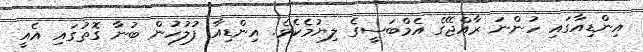
އިންޑިއާގައި ހުންނަ ރާއްޖޭގެ އެމްބަސީގެ ލިޔުމެކެވެ. އިންޑިއާ ފުލުހުން ބުނާ ގޮތުގައި އެއީ